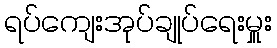
ရပ်ကျေးအုပ်ချုပ်ရေးမှူး